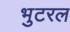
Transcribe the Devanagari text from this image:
भुटरल